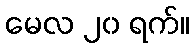
မေလ ၂၀ ရက်။